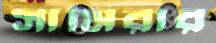
সামিরার